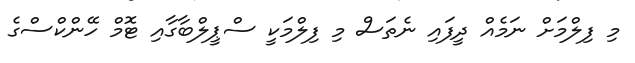
މި ފިލްމަށް ނަމެއް ދީފައި ނެތަސް މި ފިލްމަކީ ސްޕީލްބާގާއި ޓޮމް ހޭންކްސްގެ